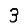
Digit: 3